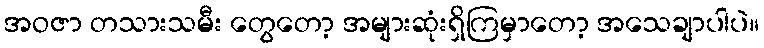
အဝဇာ တသားသမီး တွေတော့ အများဆုံးရှိကြမှာတော့ အသေချာပါပဲ။